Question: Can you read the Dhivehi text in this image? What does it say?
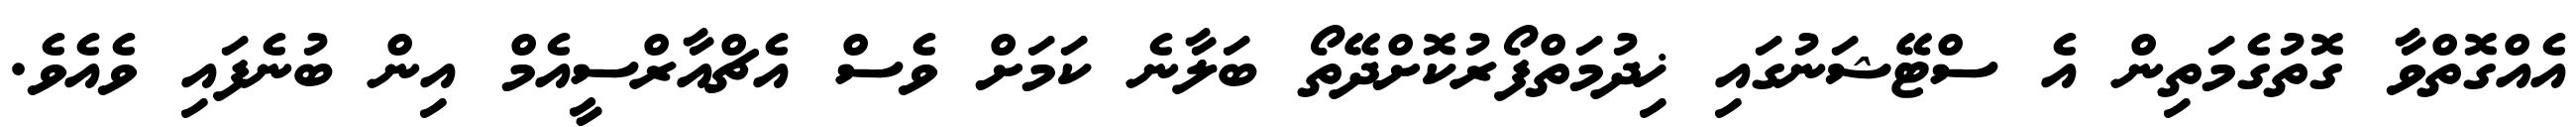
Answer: އެއްގޮތްވާ ގޮތުގެމަތިން އެ ސްޓޭޝަނުގައި ޚިދުމަތްފޯރުކޮށްދޭތޯ ބަލާނެ ކަމަށް ވެސް އެޗްއާރްސީއެމް އިން ބުނެފައި ވެއެވެ.